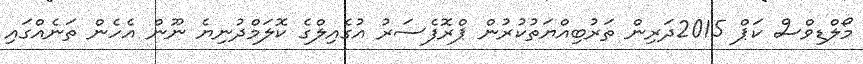
މޯލްޑިވްސް ކަޕް 2015ދަރިން ތަރުބިއްޔަތުކުރުން ޕްރޮފެސަރު އުގެއިލްގެ ކޮލަމްދުނިޔެ ނޫން އެހެން ތަނެއްގައި